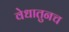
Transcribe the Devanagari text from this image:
वेधातुनच